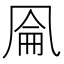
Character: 𰄐